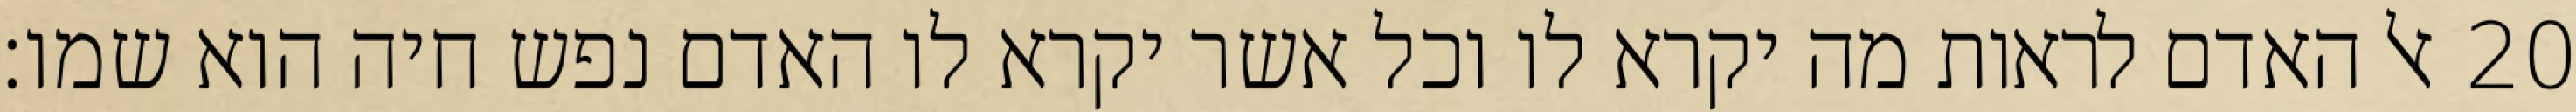
אל האדם לראות מה יקרא לו וכל אשר יקרא לו האדם נפש חיה הוא שמו׃ ‎20‏